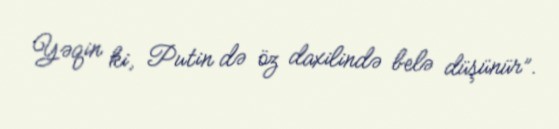
Yəqin ki, Putin də öz daxilində belə düşünür”.